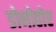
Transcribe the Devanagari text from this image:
डोनोहोए